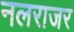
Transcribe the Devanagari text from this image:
नलराजर